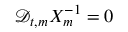
\mathscr { D } _ { t , m } X _ { m } ^ { - 1 } = 0